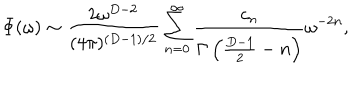
\Phi ( \omega ) \sim { \frac { 2 \omega ^ { D - 2 } } { ( 4 \pi ) ^ { ( D - 1 ) / 2 } } } \sum _ { n = 0 } ^ { \infty } { \frac { c _ { n } } { \Gamma \left( { \frac { D - 1 } { 2 } } - n \right) } } \omega ^ { - 2 n } ,